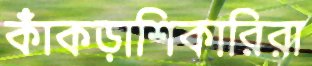
কাঁকড়াশিকারিরা